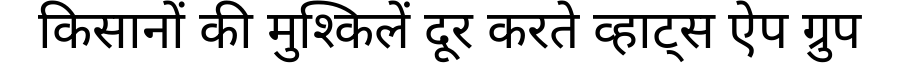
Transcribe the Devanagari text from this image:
किसानों की मुश्किलें दूर करते व्हाट्स ऐप ग्रुप